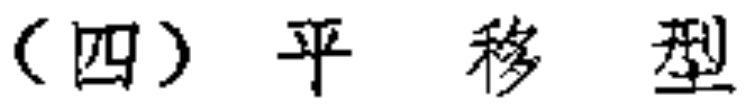
（四） 平 移 型